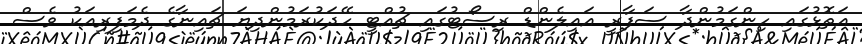
އަތޮޅުގައި ހިންގަމުންދާ ސަފާރީ އައިލެންޑް ރިސޯޓުގައި ޗުއްޓީ ހޭދަކުރަމުންދިޔަ ޗައިނާގެ ދެމަފިރިއަކު ވެސް